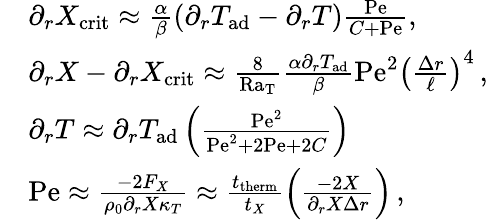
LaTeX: \begin{array}{rl}&{\partial_{r}X_{\mathrm{crit}}\approx{\frac{\alpha}{\beta}}(\partial_{r}T_{\mathrm{ad}}-\partial_{r}T){\frac{\mathrm{Pe}}{C+\mathrm{Pe}}},}\\ &{\partial_{r}X-\partial_{r}X_{\mathrm{crit}}\approx\frac{8}{\mathrm{Ra_{T}}}\frac{\alpha\partial_{r}T_{\mathrm{ad}}}{\beta}\mathrm{Pe}^{2}\left(\frac{\Delta r}{\ell}\right)^{4}\, ,}\\ &{\partial_{r}T\approx\partial_{r}T_{\mathrm{ad}}\left(\frac{\mathrm{Pe}^{2}}{\mathrm{Pe}^{2}+2\mathrm{Pe}+2C}\right)\, }\\ &{\mathrm{Pe}\approx\frac{-2F_{X}}{\rho_{0}\partial_{r}X\kappa_{T}}\approx\frac{t_{\mathrm{therm}}}{t_{X}}\left(\frac{-2X}{\partial_{r}X\Delta r}\right)\, ,}\end{array}